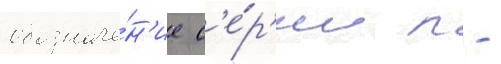
обозначе́н'ие с'е́р'ии п -